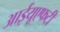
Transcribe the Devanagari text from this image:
आईयूएफटी